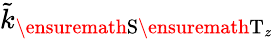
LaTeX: \tilde{k}_{\ensuremath{\mathrm{S}}\ensuremath{\mathrm{T}}_{z}}